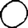
Digit: 0